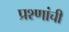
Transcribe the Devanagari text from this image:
प्रश्णांची